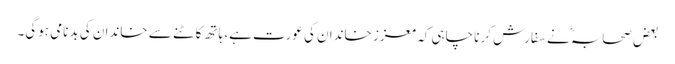
بعض صحابہؓ نے سفارش کرنا چاہی کہ معزز خاندان کی عورت ہے، ہاتھ کاٹنے سے خاندان کی بدنامی ہوگی۔